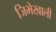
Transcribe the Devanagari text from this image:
जिभेखाली